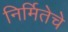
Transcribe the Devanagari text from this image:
निर्मितेचे